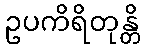
ဥပကိရိတုန္တိ